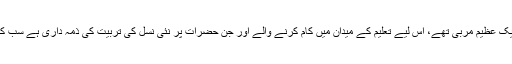
آپ کامل معلم، استاذ اور ایک عظیم مربی تھے، اس لیے تعلیم کے میدان میں کام کرنے والے اور جن حضرات پر نئی نسل کی تربیت کی ذمہ داری ہے سب کے لیے آپ اُسوہٴ حسنہ ہیں۔